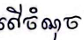
លើចំណុច